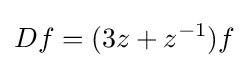
\displaystyle {Df=(3z+z^{-1})f}